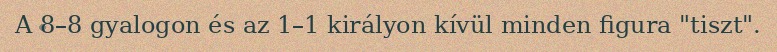
A 8–8 gyalogon és az 1–1 királyon kívül minden figura "tiszt".